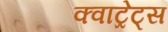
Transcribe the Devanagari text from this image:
क्वाट्रेट्स